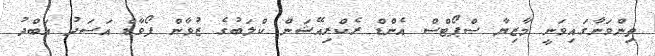
ތިންވަނާގައިވަނީ މާޒިޔާ ސްޕޯޓްސް އެންޑް ރެކްރިއޭޝަން ކްލަބުގެ ޒުވާން ފޯވާޑް އަސަދު އަބްދު